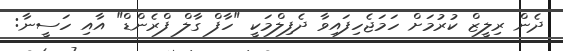
ދެން ރިލީޒް ކުރުމަށް ހަމަޖެހިފައިވާ ދެފިލްމަކީ "ހާފް ގާލް ފްރެންޑް" އާއި ހަސީނާ: